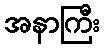
အနာကြီး